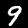
Digit: 9